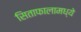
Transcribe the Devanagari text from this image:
सिताफालामध्ये